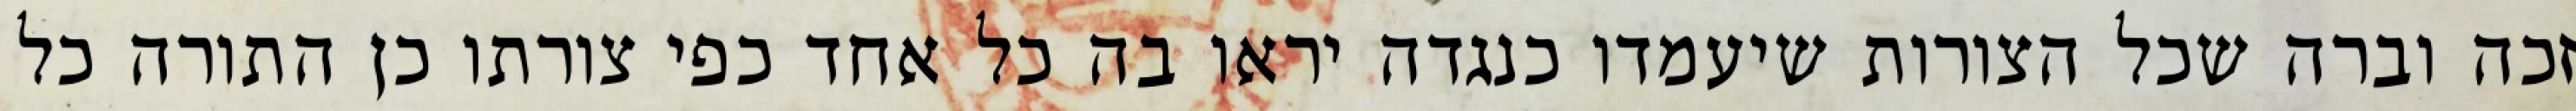
זכה וברה שכל הצורות שיעמדו כנגדה יראו בה כל אחד כפי צורתו כן התורה כל